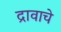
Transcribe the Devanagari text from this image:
द्रावाचे